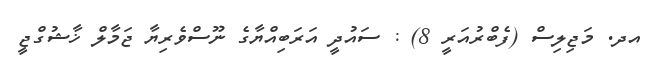
އދ. މަޖިލިސް (ފެބްރުއަރީ 8) : ސައުދީ އަރަބިއްޔާގެ ނޫސްވެރިޔާ ޖަމާލް ޚާޝުގްޖީ